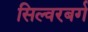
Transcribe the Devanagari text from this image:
सिल्वरबर्ग